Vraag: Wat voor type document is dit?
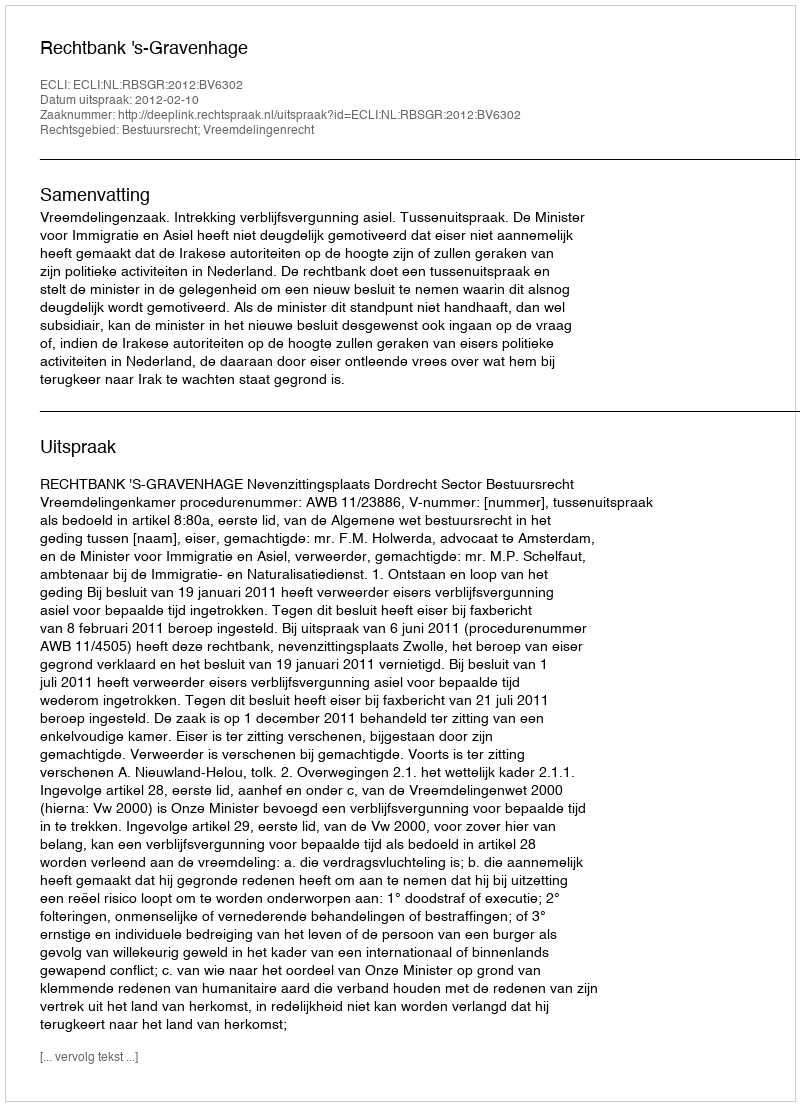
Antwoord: Uitspraak